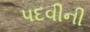
પદવીની